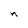
Character: n